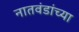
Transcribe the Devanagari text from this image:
नातवंडांच्या